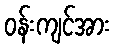
ဝန်းကျင်အား